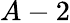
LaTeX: A-2